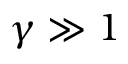
\gamma \gg 1